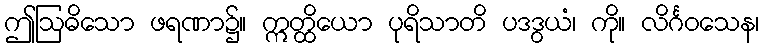
ဤဩဓိသော ဖရဏာ၌။ ဣတ္ထိယော ပုရိသာတိ ပဒဒွယံ၊ ကို။ လိင်္ဂဝသေန၊